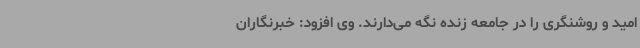
امید و روشنگری را در جامعه زنده نگه می‌دارند. وی افزود: خبرنگاران